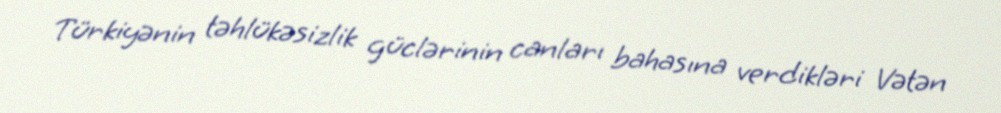
Türkiyənin təhlükəsizlik güclərinin canları bahasına verdikləri Vətən